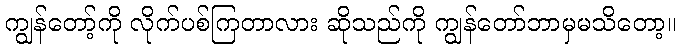
ကျွန်တော့်ကို လိုက်ပစ်ကြတာလား ဆိုသည်ကို ကျွန်တော်ဘာမှမသိတော့။